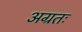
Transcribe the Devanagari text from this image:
अग्रतः